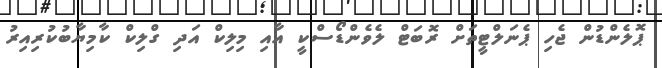
ޕޮލެންޑުން ޖެހި ޕެނަލްޓީތަށް ރޮބަޓް ލެވެންޑޯސްކީ އާއި މިލިކް އަދި ގްލިކް ކާމިޔާބުކުރިއިރު